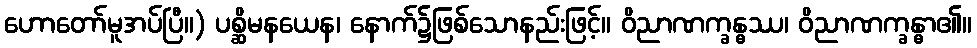
ဟောတော်မူအပ်ပြီ။) ပစ္ဆိမနယေန၊ နောက်၌ဖြစ်သောနည်းဖြင့်။ ဝိညာဏက္ခန္ဓဿ၊ ဝိညာဏက္ခန္ဓာ၏။